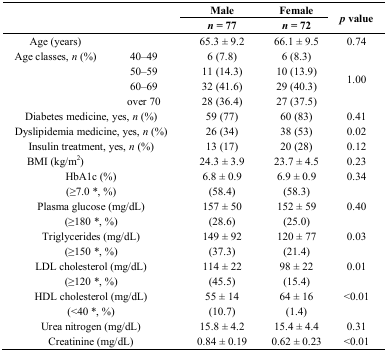
<table><thead><tr><td></td><td></td><td><b>Male</b></td><td><b>Female</b></td><td rowspan="2"><b><i>p</i> value</b></td></tr><tr><td></td><td></td><td><b><i>n</i> = 77</b></td><td><b><i>n</i><i>=</i> 72</b></td></tr></thead><tbody><tr><td>Age (years)</td><td></td><td>65.3 ± 9.2</td><td>66.1 ± 9.5</td><td>0.74</td></tr><tr><td>Age classes, <i>n</i> (%)</td><td>40–49</td><td>6 (7.8)</td><td>6 (8.3)</td><td rowspan="4">1.00</td></tr><tr><td></td><td>50–59</td><td>11 (14.3)</td><td>10 (13.9)</td></tr><tr><td></td><td>60–69</td><td>32 (41.6)</td><td>29 (40.3)</td></tr><tr><td></td><td>over 70</td><td>28 (36.4)</td><td>27 (37.5)</td></tr><tr><td colspan="2">Diabetes medicine, yes, <i>n</i> (%)</td><td>59 (77)</td><td>60 (83)</td><td>0.41</td></tr><tr><td colspan="2">Dyslipidemia medicine, yes, <i>n</i> (%)</td><td>26 (34)</td><td>38 (53)</td><td>0.02</td></tr><tr><td colspan="2">Insulin treatment, yes, <i>n</i> (%)</td><td>13 (17)</td><td>20 (28)</td><td>0.12</td></tr><tr><td>BMI (kg/m<sup>2</sup>)</td><td></td><td>24.3 ± 3.9</td><td>23.7 ± 4.5</td><td>0.23</td></tr><tr><td colspan="2">HbA1c (%)</td><td>6.8 ± 0.9</td><td>6.9 ± 0.9</td><td>0.34</td></tr><tr><td colspan="2">(≥7.0 *, %)</td><td>(58.4)</td><td>(58.3)</td><td></td></tr><tr><td colspan="2">Plasma glucose (mg/dL)</td><td>157 ± 50</td><td>152 ± 59</td><td>0.40</td></tr><tr><td colspan="2">(≥180 *, %)</td><td>(28.6)</td><td>(25.0)</td><td></td></tr><tr><td colspan="2">Triglycerides (mg/dL)</td><td>149 ± 92</td><td>120 ± 77</td><td>0.03</td></tr><tr><td colspan="2">(≥150 *, %)</td><td>(37.3)</td><td>(21.4)</td><td></td></tr><tr><td colspan="2">LDL cholesterol (mg/dL)</td><td>114 ± 22</td><td>98 ± 22</td><td>0.01</td></tr><tr><td colspan="2">(≥120 *, %)</td><td>(45.5)</td><td>(15.4)</td><td></td></tr><tr><td colspan="2">HDL cholesterol (mg/dL)</td><td>55 ± 14</td><td>64 ± 16</td><td>&lt;0.01</td></tr><tr><td colspan="2">(&lt;40 *, %)</td><td>(10.7)</td><td>(1.4)</td><td></td></tr><tr><td colspan="2">Urea nitrogen (mg/dL)</td><td>15.8 ± 4.2</td><td>15.4 ± 4.4</td><td>0.31</td></tr><tr><td colspan="2">Creatinine (mg/dL)</td><td>0.84 ± 0.19</td><td>0.62 ± 0.23</td><td>&lt;0.01</td></tr></tbody></table>